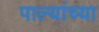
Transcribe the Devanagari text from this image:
पाल्यांच्या